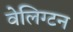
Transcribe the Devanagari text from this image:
वेलिग्टन